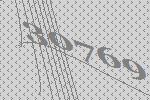
30769